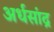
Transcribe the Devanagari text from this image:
अर्धसांद्र